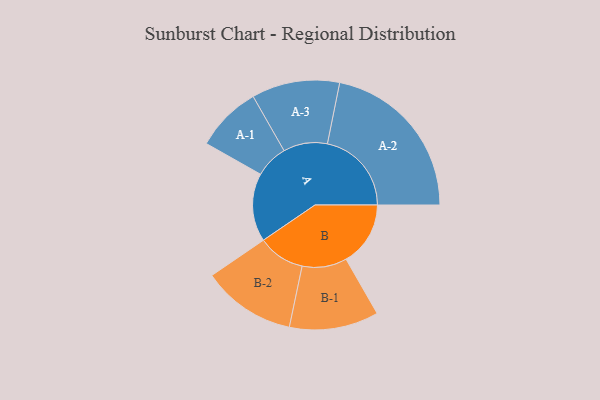
{"axis": {"x": "Segment", "y": "Value"}, "legend": ["", "A", "B"], "data": [{"x": "A", "y": 211, "type": ""}, {"x": "B", "y": 199, "type": ""}, {"x": "A-1", "y": 102, "type": "A"}, {"x": "A-2", "y": 260, "type": "A"}, {"x": "A-3", "y": 136, "type": "A"}, {"x": "B-1", "y": 138, "type": "B"}, {"x": "B-2", "y": 145, "type": "B"}]}